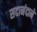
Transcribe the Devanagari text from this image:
सदानंदाने